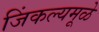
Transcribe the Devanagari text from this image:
जिंकल्यमूळे